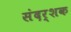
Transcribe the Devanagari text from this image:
संदर्शक